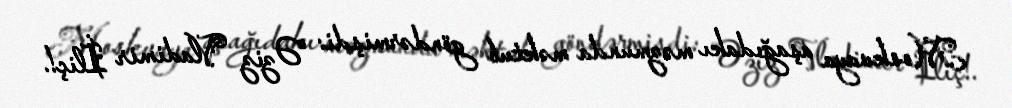
Moskvaya aşağıdakı məzmunda məktub göndərmişdi: “Əziz Vladimir İliç!.